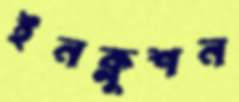
ইনক্লুশন